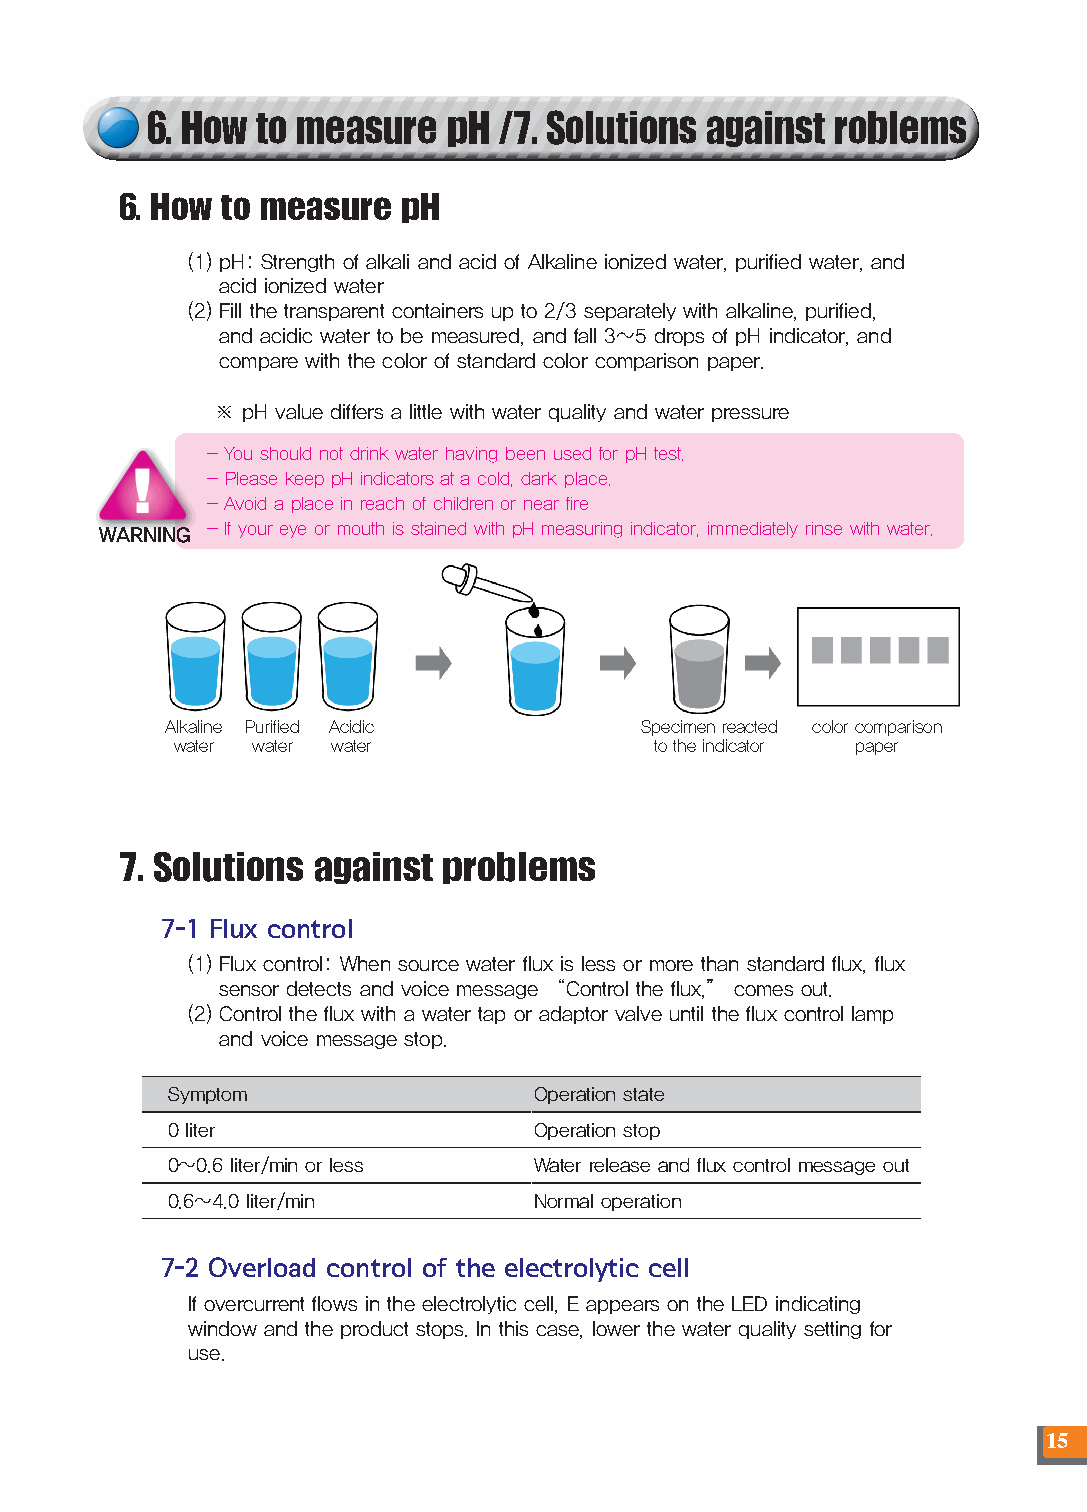
6. How to measure   pH /7. Solutions against roblems
 6. How to measure pH
 (1) pH: Strength of alkali and acid of Alkaline ionized water, purified water, and
 acid ionized water
 (2) Fill the transparent containers up to 2/3 separately with alkaline, purified,
 and acidic water to be measured, and fall 3~5 drops of pH indicator, and
 compare with the color of standard color comparison paper.
 ※ pH value differs a little with water quality and water pressure
 - You should not drink water having been used for pH test.
 - Please keep pH indicators at a cold, dark place.
 - Avoid a place in reach of children or near fire
 WARNING - If your eye or mouth is stained with pH measuring indicator, immediately rinse with water.
 Alkaline Purified Acidic       Specimen reacted color comparison
 water water water               to the indicator paper
 7. Solutions against problems
 7-1 Flux control
 (1) Flux control: When source water flux is less or more than standard flux, flux
 sensor detects and voice message “Control the flux,” comes out.
 (2) Control the flux with a water tap or adaptor valve until the flux control lamp
 and voice message stop.
 Symptom                 Operation state
 0 liter                 Operation stop
 0~0.6 liter/min or less Water release and flux control message out
 0.6~4.0 liter/min       Normal operation
 7-2 Overload control of the electrolytic cell
 If overcurrent flows in the electrolytic cell, E appears on the LED indicating
 window and the product stops. In this case, lower the water quality setting for
 use.
 15